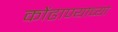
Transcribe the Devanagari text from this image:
कोंढाण्याच्या